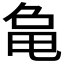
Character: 𬺞